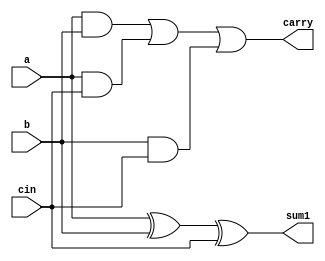
`timescale 1ns / 1ps
//////////////////////////////////////////////////////////////////////////////////
// Company: 
// Engineer: 
// 
// Design Name: 
// Module Name: fulladder
// Project Name: 
// Target Devices: 
// Tool Versions: 
// Description: 
// 
// Dependencies: 
// 
// Revision:
// Revision 0.01 - File Created
// Additional Comments:
// 
//////////////////////////////////////////////////////////////////////////////////



module fulladder(input a,input b,input cin,output sum1,output carry);
xor #4 x1(sum1,a,b,cin);
wire s1,s2,s3;
and #1 a1(s1,a,b);
and #1 a2(s2,a,cin);
and #1 a3(s3,b,cin);
or #3 o1(carry,s1,s2,s3);

endmodule